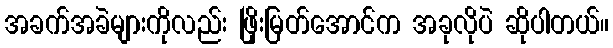
အခက်အခဲများကိုလည်း ဖြိုးမြတ်အောင်က အခုလိုပဲ ဆိုပါတယ်။